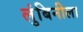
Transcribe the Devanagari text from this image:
लुंबिनीला